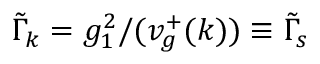
\tilde { \Gamma } _ { k } = g _ { 1 } ^ { 2 } / ( v _ { g } ^ { + } ( k ) ) \equiv \tilde { \Gamma } _ { s }